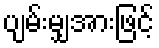
ပျမ်းမျှအားဖြင့်